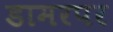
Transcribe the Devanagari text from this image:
डामरपर